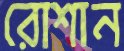
রোশান